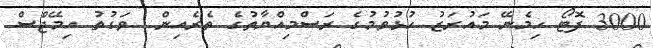
3000 ފޮޓޯ ހިމެނޭ މައުރަޒު ހުޅުވުމުގެ ރަސްމިއްޔާތުގެ ތެރެއިން  ވަގުތު އިމޭޖްސް